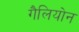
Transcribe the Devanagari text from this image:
गैलियोन